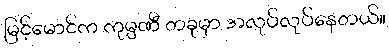
မြင့်မောင်က ကုမ္ပဏီ တခုမှာ အလုပ်လုပ်နေတယ်။